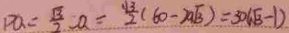
P Q = \frac { \sqrt { 3 } } { 2 } - a = \frac { \sqrt { 3 } } { 2 } ( 6 0 - 2 0 \sqrt { 3 } ) = 3 0 ( \sqrt { 3 } - 1 )